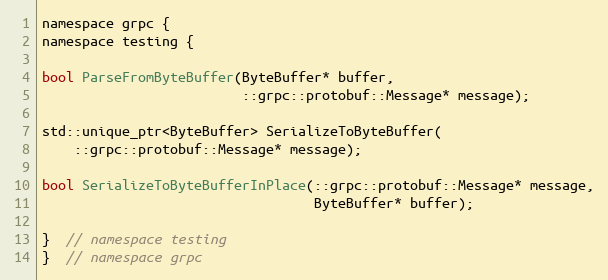
Language: C
namespace grpc {
namespace testing {

bool ParseFromByteBuffer(ByteBuffer* buffer,
                         ::grpc::protobuf::Message* message);

std::unique_ptr<ByteBuffer> SerializeToByteBuffer(
    ::grpc::protobuf::Message* message);

bool SerializeToByteBufferInPlace(::grpc::protobuf::Message* message,
                                  ByteBuffer* buffer);

}  // namespace testing
}  // namespace grpc